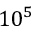
1 0 ^ { 5 }